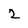
Character: 2